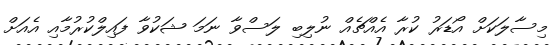
މިސާލަކަށް އޯޑަރު ކުރާ އެއްޗެއް ނުލިބި ލަސްވާ ނަމަ ޝަކުވާ ފައިލްކުރުމާއި އެއަށް